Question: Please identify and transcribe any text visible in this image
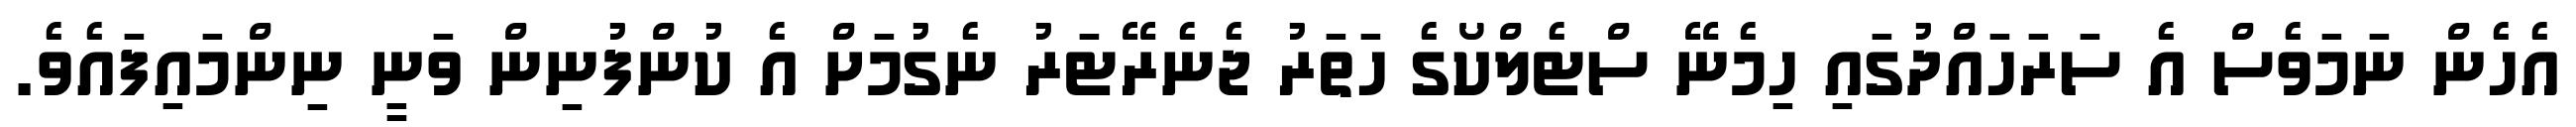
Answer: އެހެން ނަމަވެސް އެ ސަރަހައްދުގައި ހިމެނޭ ސްޓެލްކޯގެ ހަތަރު ޖެނެރޭޓަރު ނެގުމަށް އެ ކުންފުނިން ވަނީ ނިންމައިފައެވެ.